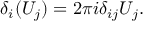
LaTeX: \delta _ { i } ( U _ { j } ) = 2 \pi i \delta _ { i j } U _ { j } .